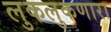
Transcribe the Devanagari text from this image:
लुकलुकणारा